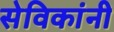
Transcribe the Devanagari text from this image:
सेविकांनी